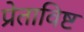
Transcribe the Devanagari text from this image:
प्रेताविष्ट